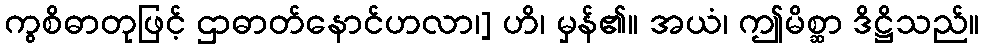
ကွစိဓာတုဖြင့် ဌာဓာတ်နောင်ဟလာ၊] ဟိ၊ မှန်၏။ အယံ၊ ဤမိစ္ဆာ ဒိဋ္ဌိသည်။